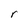
Character: r